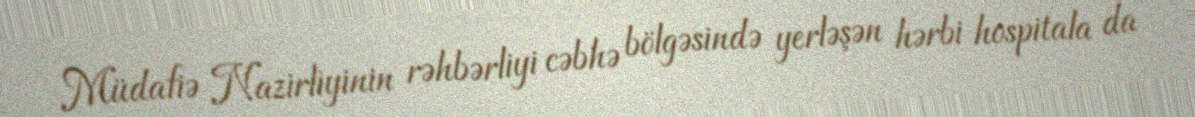
Müdafiə Nazirliyinin rəhbərliyi cəbhə bölgəsində yerləşən hərbi hospitala da